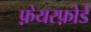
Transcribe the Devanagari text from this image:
फ़ेयरफ़ोर्ड